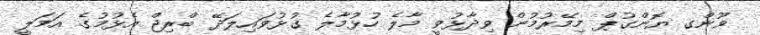
ވޫންގ ޔޮންގުޕް މިމޭރުމުން ވިދާޅުވީ މާލެ ހުޅުމާލެ ގުޅުވައިލަދޭ ބްރިޖް އެޅުމުގެ އަމަލީ